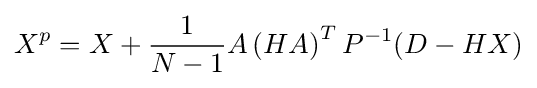
X^{p}=X+{\frac {1}{N-1}}A\left(HA\right)^{T}P^{-1}(D-HX)